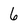
Character: 6